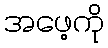
အဖေ့ကို